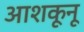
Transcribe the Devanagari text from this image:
आशकूनू